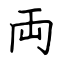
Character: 両